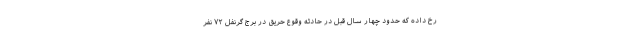
رخ داده که حدود چهار سال قبل در حادثه وقوع حریق در برج گرنفل ۷۲ نفر